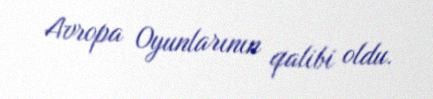
Avropa Oyunlarının qalibi oldu.